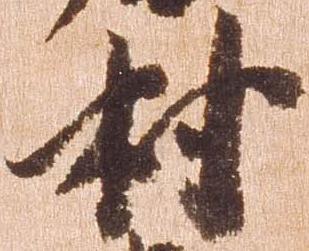
村